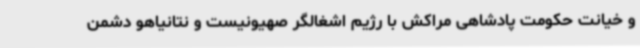
و خیانت حکومت پادشاهی مراکش با رژیم اشغالگر صهیونیست و نتانیاهو دشمن